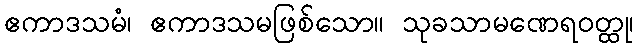
ဧကာဒသမံ၊ ဧကာဒသမဖြစ်သော။ သုခသာမဏေရဝတ္ထု၊